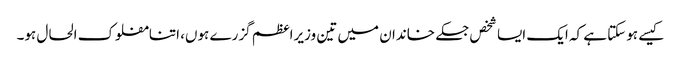
کیسے ہوسکتا ہے کہ ایک ایسا شخص جسکے خاندان میں تین وزیراعظم گزرے ہوں، اتنامفلوک الحال ہو۔